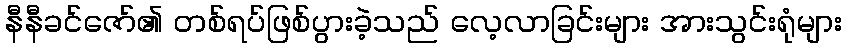
နီနီခင်ဇော်၏ တစ်ရပ်ဖြစ်ပွားခဲ့သည် လေ့လာခြင်းများ အားသွင်းရုံများ